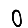
Digit: 0